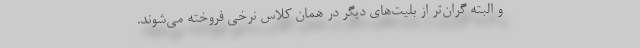
و البته گران‌تر از بلیت‌های دیگر در همان کلاس نرخی فروخته می‌شوند.